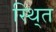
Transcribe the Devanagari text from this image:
स्थि्त